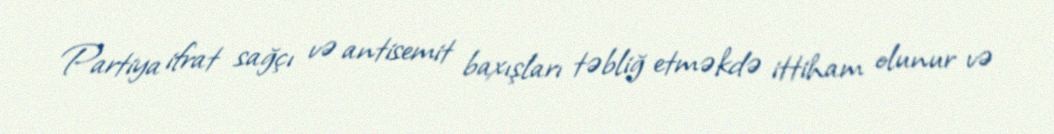
Partiya ifrat sağçı və antisemit baxışları təbliğ etməkdə ittiham olunur və